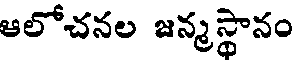
ఆలోచనల జన్మస్థానం